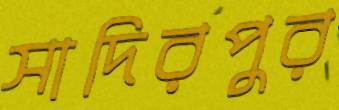
সাদিরপুর